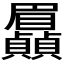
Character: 𮚯